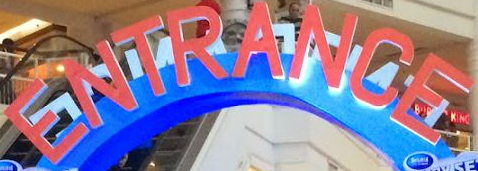
ENTRANCE